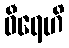
ဓီရေဟိ